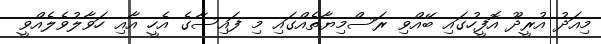
މިއަދު އުރީދޫ އޮފީހުގައި ބޭއްވި ރަސްމިޔާތެއްގައި މި ފައިސާގެ އެހީ އާއި ހަވާލުވެލެއްވީ